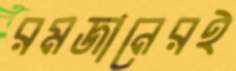
রমজানেরই